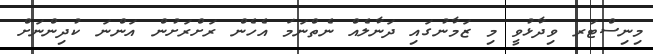
މިނިސްޓަރ ވިދާޅުވީ މި ޒަމާނުގައި ދަނާލެއް ނެތްނަމަ އެހެން ރަށްރަށުން އަންނަ ކުދިންނަށް